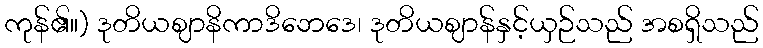
ကုန်၏။) ဒုတိယဈာနိကာဒိဘေဒေ၊ ဒုတိယဈာန်နှင့်ယှဉ်သည် အစရှိသည်